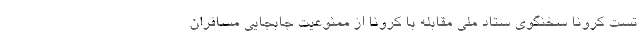
تست کرونا سخنگوی ستاد ملی مقابله با کرونا از ممنوعیت جابجایی مسافران